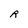
Character: R